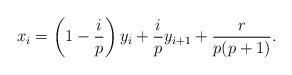
LaTeX: \begin{align*} x_i = \left(1-\frac{i}{p}\right) y_i + \frac{i}{p}y_{i+1} + \frac{r}{p(p+1)}.\end{align*}